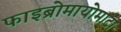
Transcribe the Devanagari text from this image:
फाइब्रोमायोमाटा